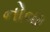
નોવા